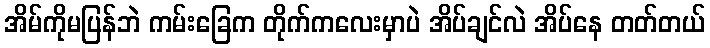
အိမ်ကိုမပြန်ဘဲ ကမ်းခြေက တိုက်ကလေးမှာပဲ အိပ်ချင်လဲ အိပ်နေ တတ်တယ်